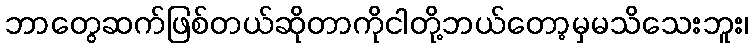
ဘာတွေဆက်ဖြစ်တယ်ဆိုတာကိုငါတို့ဘယ်တော့မှမသိသေးဘူး၊